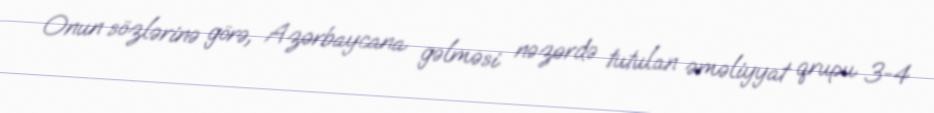
Onun sözlərinə görə, Azərbaycana gəlməsi nəzərdə tutulan əməliyyat qrupu 3-4